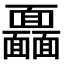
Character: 𩉖